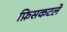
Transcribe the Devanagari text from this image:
फ़िसकटले